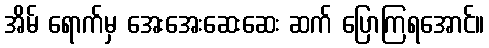
အိမ် ရောက်မှ အေးအေးဆေးဆေး ဆက် ပြောကြရအောင်။